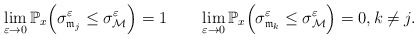
\begin{align*} \lim_{\varepsilon\rightarrow 0}\mathbb{P}_{x}\Big(\sigma^\varepsilon_{\mathfrak{m}_{j}}\leq \sigma^\varepsilon_\mathcal{M}\Big)= 1 \quad\quad\lim_{\varepsilon\rightarrow 0} \mathbb{P}_{x}\Big(\sigma^\varepsilon_{\mathfrak{m}_{k}}\leq \sigma^\varepsilon_\mathcal{M}\Big)= 0, k\neq j.\end{align*}